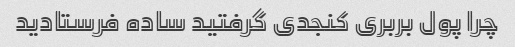
چرا پول بربری کنجدی گرفتید ساده فرستادید